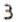
3